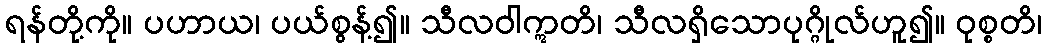
ရန်တို့ကို။ ပဟာယ၊ ပယ်စွန့်၍။ သီလဝါဣတိ၊ သီလရှိသောပုဂ္ဂိုလ်ဟူ၍။ ဝုစ္စတိ၊